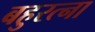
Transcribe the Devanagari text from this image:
बहुरत्ना